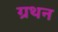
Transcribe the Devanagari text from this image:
ग्रथन